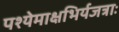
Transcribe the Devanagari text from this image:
पश्येमाक्षभिर्यजत्राः